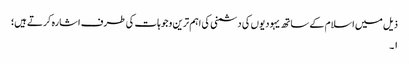
ذیل میں اسلام کے ساتھ یہودیوں کی دشمنی کی اہم ترین وجوہات کی طرف اشارہ کرتے ہیں؛
۱۔